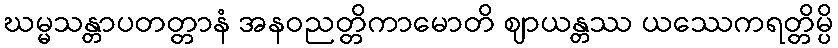
ဃမ္မသန္တာပတတ္တာနံ အနဝညတ္တိကာမောတိ ဈာယန္တဿ ယဿေကရတ္တိမ္ပိ